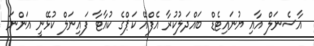
އާސެނަލް އާއި ޔުނައިޓެޑް ބައްދަލުކުރާ އެފްއޭ ކަޕްގެ ކުއާޓާ ފައިނަލް ކުޅޭނީ އަންނަ